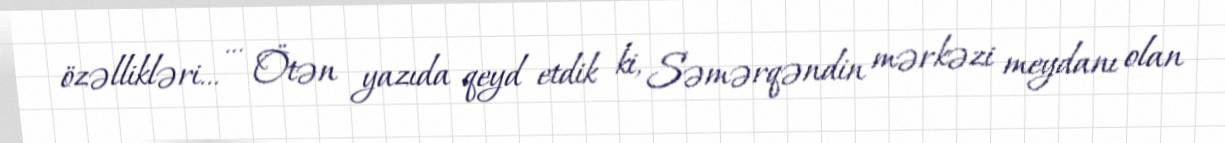
özəllikləri... ... Ötən yazıda qeyd etdik ki, Səmərqəndin mərkəzi meydanı olan